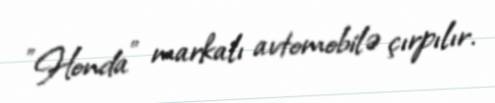
"Honda" markalı avtomobilə çırpılır.